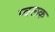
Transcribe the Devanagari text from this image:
प्वलक